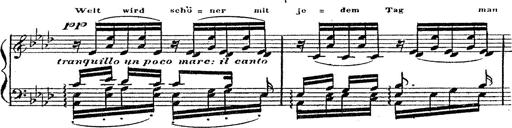
Title: 12 Lieder von Franz Schubert
Composer: Franz Liszt